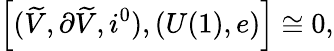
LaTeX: \left[(\widetilde{V},\partial\widetilde{V},i^{0}),(U(1),e)\right]\cong 0,